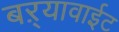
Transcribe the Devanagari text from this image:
बऱ्यावाईट